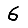
Digit: 6